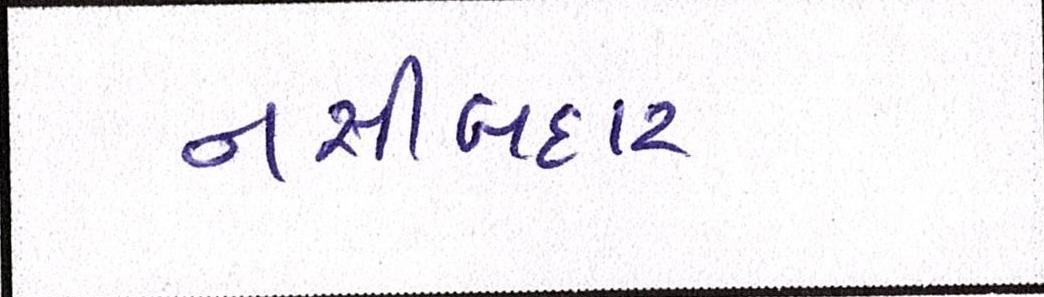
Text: નસીબદાર